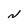
Character: N